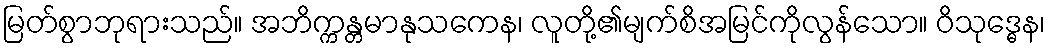
မြတ်စွာဘုရားသည်။ အဘိက္ကန္တမာနုသကေန၊ လူတို့၏မျက်စိအမြင်ကိုလွန်သော။ ဝိသုဒ္ဓေန၊